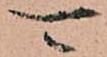
可